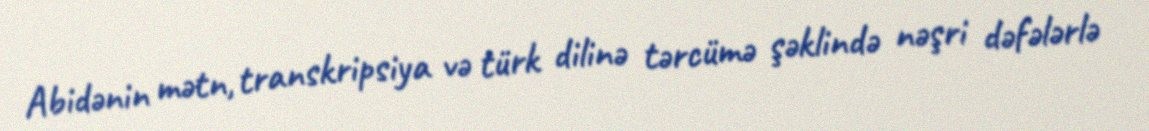
Abidənin mətn, transkripsiya və türk dilinə tərcümə şəklində nəşri dəfələrlə